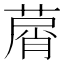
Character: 𦵱